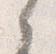
之